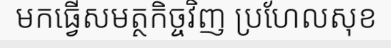
មកធ្វើសមត្ថកិច្ចវិញ ប្រហែលសុខ